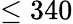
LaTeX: \leq 340